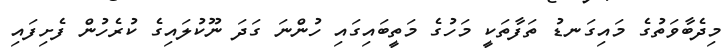
މިދެބާވަތުގެ މައިގަނޑު ތަފާތަކީ މަހުގެ މަތީބައިގައި ހުންނަ ގަދަ ނޫކުލައިގެ ކުރެހުން ފެށިފައި